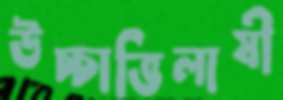
উচ্চাভিলাষী